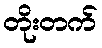
တိုးတက်